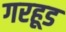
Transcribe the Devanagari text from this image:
गरहूड